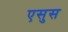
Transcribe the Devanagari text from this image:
एसुस